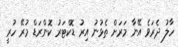
ހާލު ދެރަވެ އޭނާ މަރަށް ތެޅުނު އިރު ޑޮކްޓަރު ކޮންރަޑް މުރޭ ހުރީ